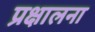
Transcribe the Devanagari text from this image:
प्रक्षालना